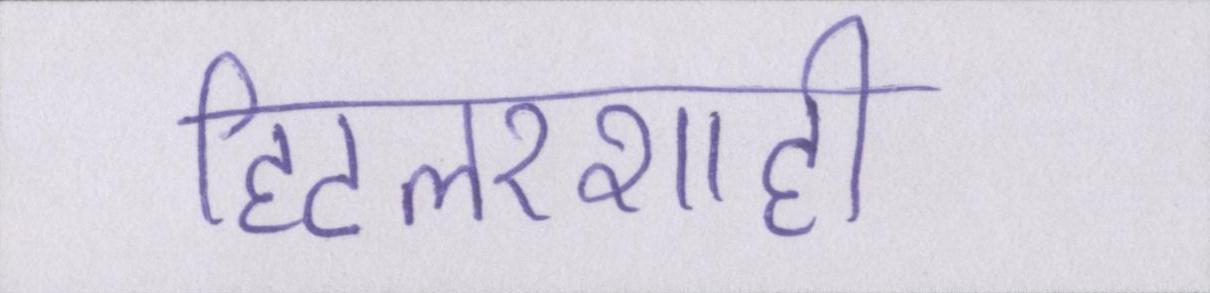
हिटलरशाही